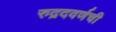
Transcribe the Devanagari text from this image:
रुद्रदवर्णची